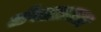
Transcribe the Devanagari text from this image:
सेवाग्रामला